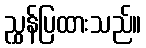
ညွှန်ပြထားသည်။